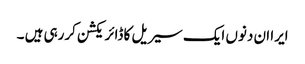
ایرا ان دنوں ایک سیریل کا ڈائریکشن کررہی ہیں ۔